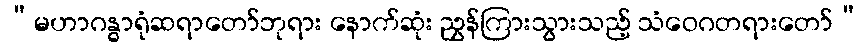
“မဟာဂန္ဓာရုံဆရာတော်ဘုရား နောက်ဆုံး ညွှန်ကြားသွားသည့် သံဝေဂတရားတော်”